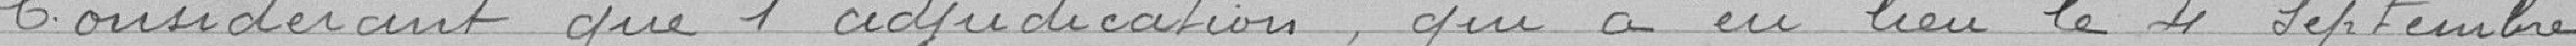
Considérant que l'adjudication qui a eu lieu le 4 septembre